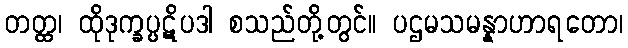
တတ္ထ၊ ထိုဒုက္ခပ္ပဋိပဒါ စသည်တို့တွင်။ ပဌမသမန္နာဟာရတော၊